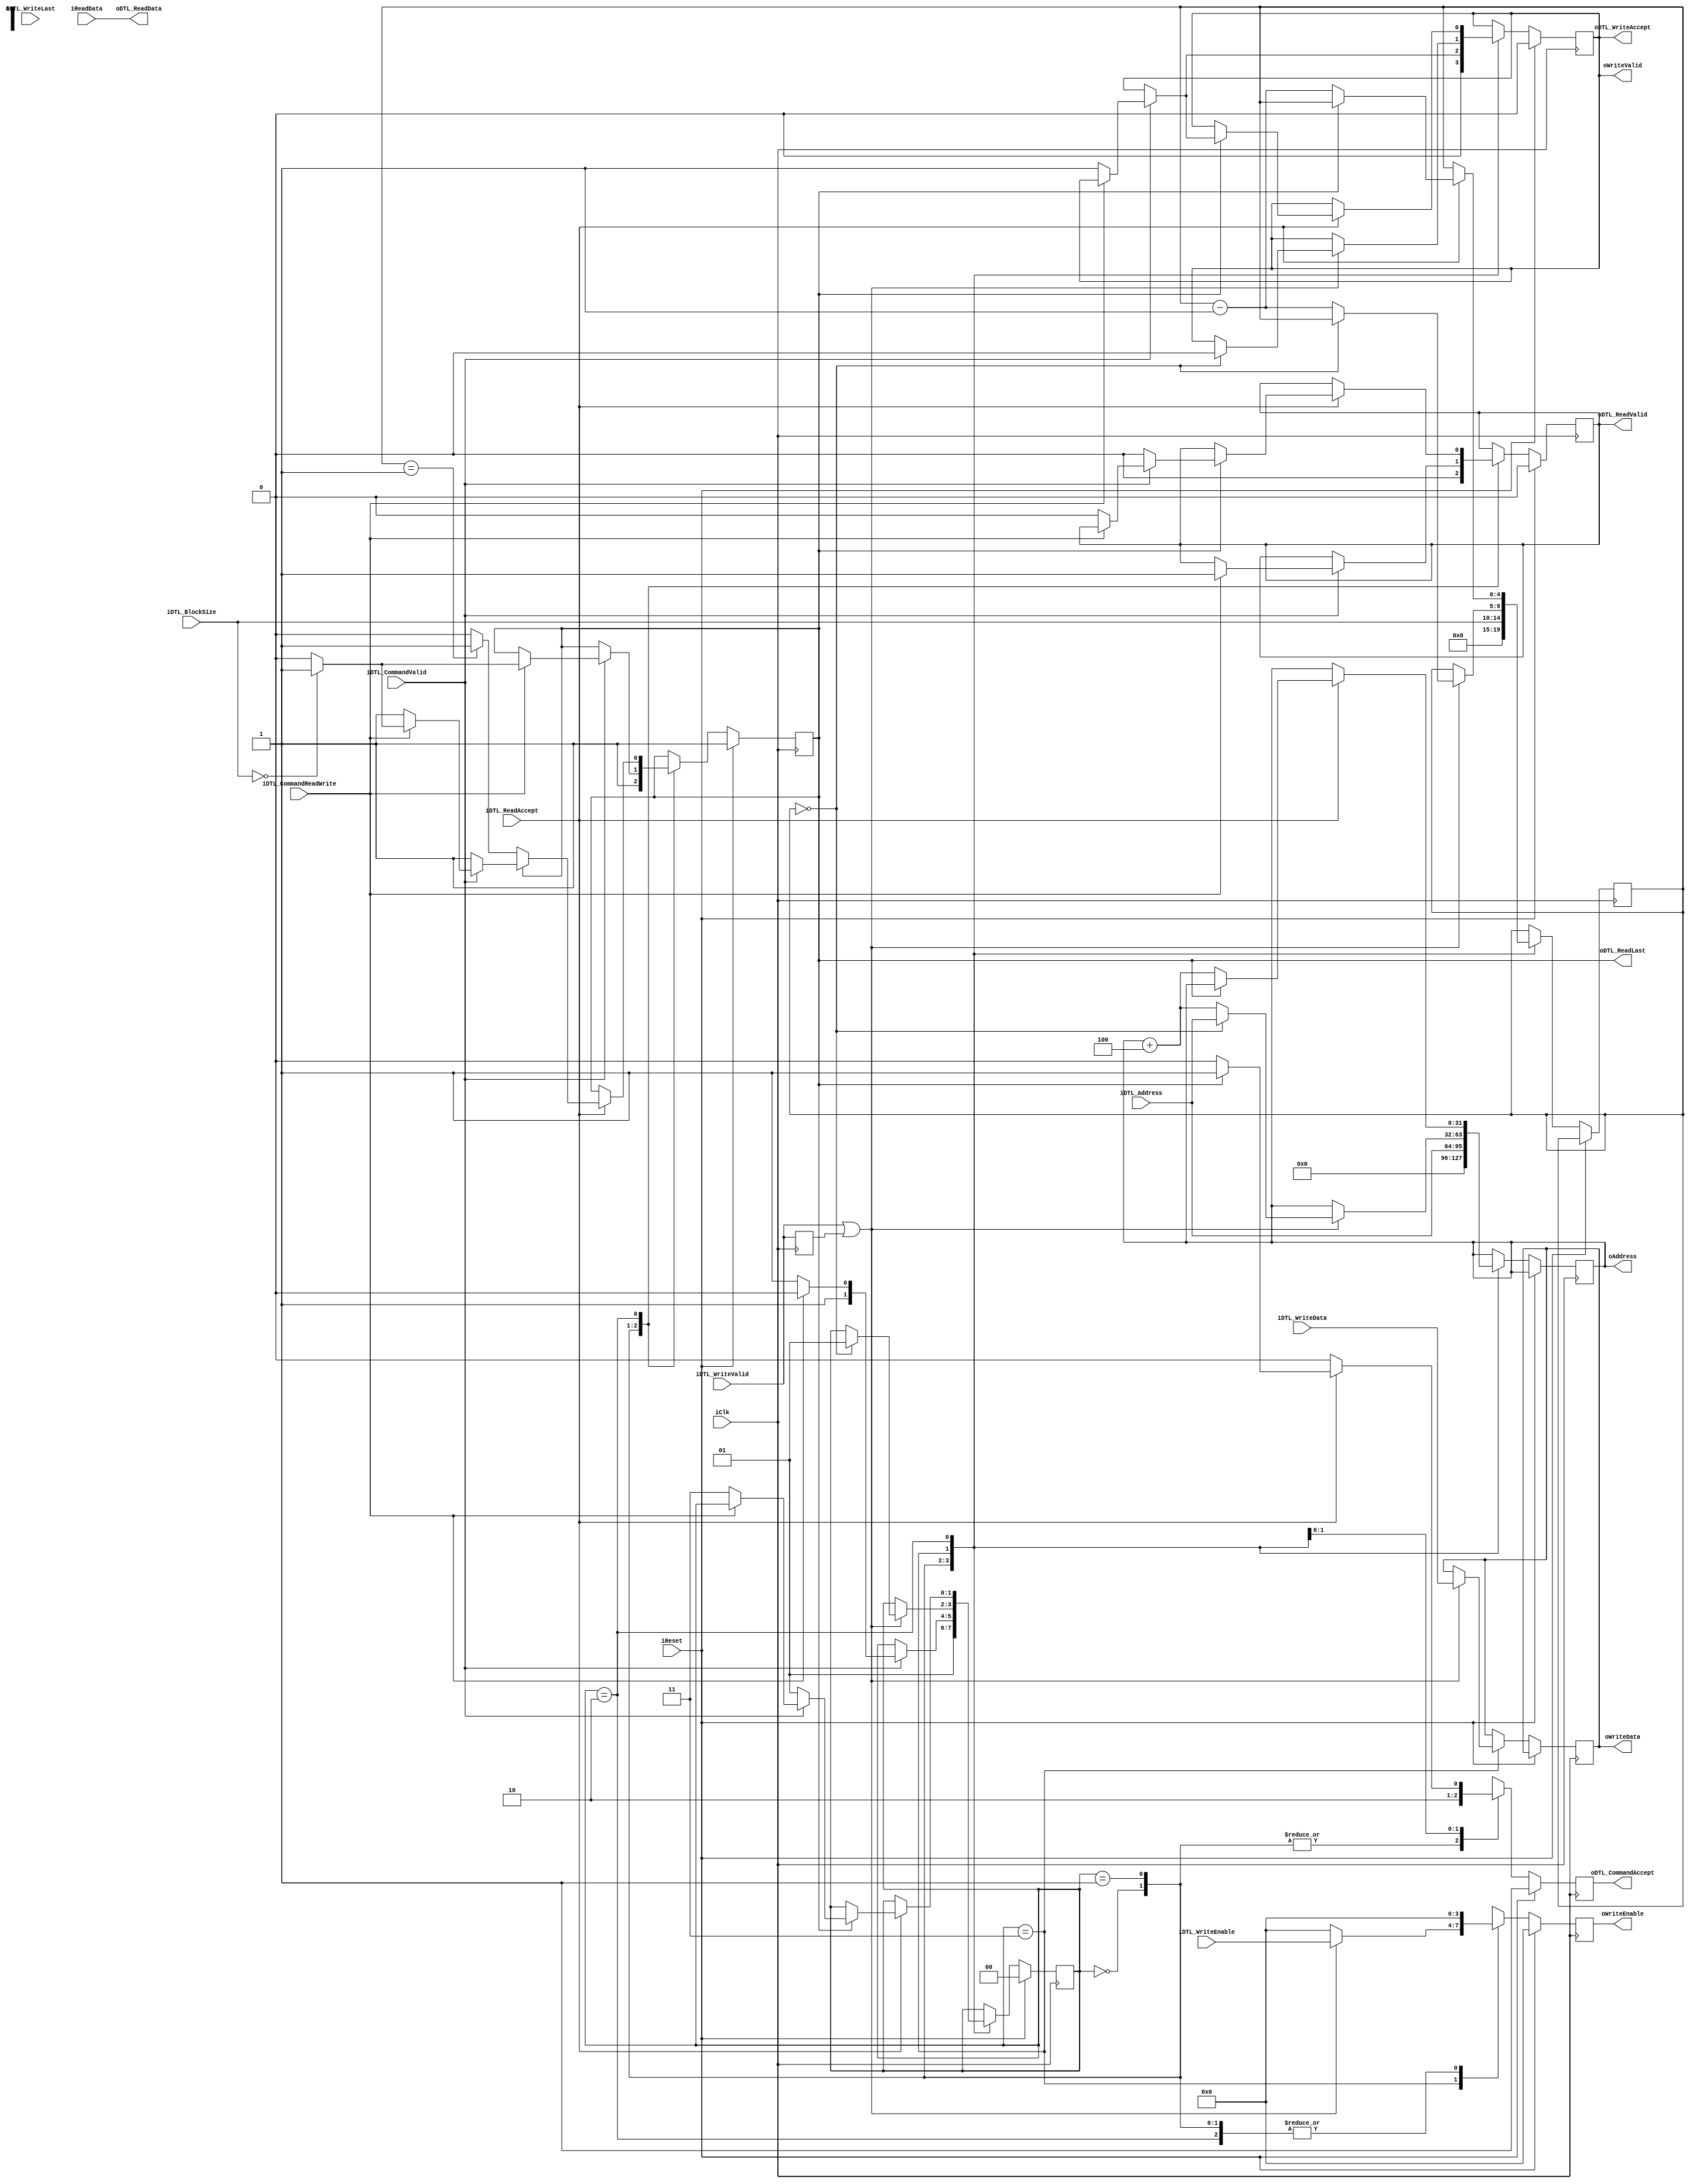
module DTL_SlaveInterface
#(			
	parameter INTERFACE_WIDTH = 32,
	parameter INTERFACE_ADDR_WIDTH = 32,		
	parameter INTERFACE_BLOCK_WIDTH = 5,
	parameter INTERFACE_NUM_ENABLES = INTERFACE_WIDTH/8
)
(
	input iClk,
	input iReset,
	
	input iDTL_CommandValid,
	output oDTL_CommandAccept,
	input [INTERFACE_ADDR_WIDTH-1:0] iDTL_Address,
	input iDTL_CommandReadWrite,
	input [INTERFACE_BLOCK_WIDTH-1:0] iDTL_BlockSize,

	output oDTL_ReadValid,
	output oDTL_ReadLast,	
	input iDTL_ReadAccept,
	output [INTERFACE_WIDTH-1:0] oDTL_ReadData,
	
	input iDTL_WriteValid,		
	input iDTL_WriteLast,
	output oDTL_WriteAccept,	
	input [INTERFACE_NUM_ENABLES-1:0] iDTL_WriteEnable,	
	input [INTERFACE_WIDTH-1:0] iDTL_WriteData,
	
	output oWriteValid,
	output [INTERFACE_WIDTH-1:0] oWriteData,
	output [INTERFACE_NUM_ENABLES-1:0] oWriteEnable,
	output [INTERFACE_ADDR_WIDTH-1:0] oAddress,
	
	input [INTERFACE_WIDTH-1:0] iReadData
		
);
	
	localparam FSM_WIDTH = 2;
	
	localparam FSM_STATE_RESET = 2'b00;
	localparam FSM_STATE_IDLE =  2'b01;
	localparam FSM_STATE_READ =  2'b10;
	localparam FSM_STATE_WRITE=  2'b11;
	
	reg [FSM_WIDTH-1:0] rState;
//	reg [FSM_WIDTH-1:0] rState_nxt;
	
	reg rDTL_rd_last;
	//reg rDTL_rd_last_nxt;
	
	reg rDTL_rd_valid;
	//reg rDTL_rd_valid_nxt;
	
	reg rDTL_wr_accept;
//	reg rDTL_wr_accept_nxt;
		
	reg rDTL_cmd_accept;
	reg rWriteWasValid;
	
	reg [INTERFACE_NUM_ENABLES-1:0] rDTL_WriteEnable;
	
	reg [INTERFACE_ADDR_WIDTH-1:0] rAddr;
	reg [INTERFACE_ADDR_WIDTH-1:0] rAddr_out;
//	reg [INTERFACE_ADDR_WIDTH-1:0] rAddr_nxt;
	
	reg [INTERFACE_BLOCK_WIDTH-1:0] rSize;
//	reg [INTERFACE_BLOCK_WIDTH-1:0] rSize_nxt;
	
	reg [INTERFACE_WIDTH-1:0] rWriteData;

	assign oWriteValid = /*oDTL_WriteAccept;*/ rDTL_wr_accept;
	assign oWriteData = /*iDTL_WriteData;*/ rWriteData;
	assign oWriteEnable = /*iDTL_WriteEnable;*/ rDTL_WriteEnable;
	assign oAddress = /*rAddr_nxt;*/ rAddr/*_out*/;
	
	assign oDTL_ReadData = iReadData;
		
	
/*
	always @(posedge iClk)
	begin        
            rDTL_rd_last <= rDTL_rd_last_nxt;
            rAddr <= rAddr_nxt;				
            rSize <= rSize_nxt;
				
				if (iDTL_WriteValid | (iDTL_CommandValid & iDTL_CommandReadWrite))
					begin
						rWriteData <= iDTL_WriteData;
						rAddr_out <= iDTL_Address;						
					end
				
				rWriteWasValid <= iDTL_WriteValid;
				
            if (iReset)
					begin
						 rState <= FSM_STATE_RESET;
						 rDTL_rd_valid  <= 0;
						 rDTL_wr_accept <= 0;						 
					 end
            else
					begin
						// rState <= rState_nxt;
						 rDTL_rd_valid  <= rDTL_rd_valid_nxt;
						 rDTL_wr_accept <= rDTL_wr_accept_nxt;
					end
        
	end*/
	/*
	always @(rState or iReset or rAddr or rSize or iDTL_Address or iDTL_BlockSize or iDTL_CommandValid or iDTL_CommandReadWrite or iDTL_WriteValid or iDTL_WriteEnable or iDTL_ReadAccept or rDTL_rd_last or rDTL_rd_valid or rDTL_wr_accept or rWriteWasValid)
	begin
		case (rState)
			FSM_STATE_RESET:
				begin
					if (!iReset)
						rState_nxt <= FSM_STATE_IDLE;
					else
						rState_nxt <= FSM_STATE_RESET;
						
					rAddr_nxt <= 0;
					rSize_nxt <= 0;
					rDTL_rd_valid_nxt <= 1'b0;
					rDTL_wr_accept_nxt <= 1'b0;
					rDTL_rd_last_nxt <= 1'b1;	
					rDTL_cmd_accept <= 1'b0;
					rDTL_WriteEnable <= 0;
				end
			
			FSM_STATE_IDLE:
				begin
					rDTL_WriteEnable <= 0;
					rDTL_cmd_accept <= 1'b1;
					rAddr_nxt <= iDTL_Address[INTERFACE_ADDR_WIDTH-1:0];
					rSize_nxt <= iDTL_BlockSize[INTERFACE_BLOCK_WIDTH-1:0];
					               
               if(iDTL_CommandValid)
                   if (iDTL_CommandReadWrite) //read action
							begin
								rState_nxt <= FSM_STATE_READ;
								rDTL_rd_valid_nxt <= 1'b1;
								rDTL_wr_accept_nxt <= rDTL_wr_accept;
								
								if (iDTL_BlockSize == 0)
									rDTL_rd_last_nxt <= 1'b1;
								else
									rDTL_rd_last_nxt <= 1'b0;								
							end
                   else                      // write action
							begin
                       rState_nxt <= FSM_STATE_WRITE;
							  rDTL_rd_last_nxt <= rDTL_rd_last;
                       rDTL_wr_accept_nxt <= 1'b1;
							  rDTL_rd_valid_nxt <= rDTL_rd_valid;
							end
					else
						begin
							rState_nxt <= rState;
							rDTL_rd_valid_nxt <= rDTL_rd_valid;
							rDTL_wr_accept_nxt <= rDTL_wr_accept;
							rDTL_rd_last_nxt <= rDTL_rd_last;
						end
				end
				
			FSM_STATE_WRITE:
				begin
					 rDTL_cmd_accept <= 1'b0;
					 rDTL_rd_valid_nxt <= rDTL_rd_valid;
					 rDTL_rd_last_nxt <= rDTL_rd_last;
					 
					 if (iDTL_WriteValid | rWriteWasValid) // handle the write
						begin
							 rDTL_WriteEnable <= iDTL_WriteEnable;
							 							 
							 if (rSize==0)
								begin
									rState_nxt <= FSM_STATE_IDLE;
									rDTL_wr_accept_nxt <= 1'b0;	
									rAddr_nxt <= iDTL_Address[INTERFACE_ADDR_WIDTH-1:0];		
									rSize_nxt <= rSize;
								end
							 else
								begin
									rState_nxt <= rState;
									rDTL_wr_accept_nxt <= rDTL_wr_accept;
									rSize_nxt <= rSize-1'd1;
									rAddr_nxt <= rAddr+4; //apparently assuming a byte addressed memory
								end								
						end
					else
						begin
							rDTL_WriteEnable <= 0;
							rDTL_wr_accept_nxt <= rDTL_wr_accept;
							rState_nxt <= rState;
							rSize_nxt <= rSize;
							rAddr_nxt <= rAddr;
						end
				end
				
			FSM_STATE_READ:
				begin
					rDTL_WriteEnable <= 0;	

					if (iDTL_ReadAccept)		//handle the read
						if (rDTL_rd_last)				
							begin								
								rDTL_cmd_accept <= 1'b1;
								rAddr <= rAddr[INTERFACE_WIDTH-1:0];								
								rSize_nxt <= rSize[INTERFACE_BLOCK_WIDTH-1:0];
								
								if (iDTL_CommandValid) // There is a next action
									 if (iDTL_CommandReadWrite) // read action	
										begin
											rDTL_rd_valid_nxt <= rDTL_rd_valid;
											rDTL_wr_accept_nxt <= rDTL_wr_accept;
											
											// Remain in the read state, so rd_valid remains high.
											if (iDTL_BlockSize==0)
												begin
													rState_nxt <= rState;
													rDTL_rd_last_nxt <= 1'b1;
												end
											else
												begin
													rState_nxt <= rState;
													rDTL_rd_last_nxt <= 1'b0;										  
												end
										end
									 else            // write action
										begin
										  rState_nxt <= FSM_STATE_WRITE;
										  rDTL_rd_valid_nxt <= 1'b0;
										  rDTL_wr_accept_nxt <= 1'b1;
										  rDTL_rd_last_nxt <= rDTL_rd_last;
										end									 
								else
									 begin
									 	  rState_nxt <= FSM_STATE_IDLE;										  
										  rDTL_rd_valid_nxt <= 1'b0;
										  rDTL_wr_accept_nxt <= rDTL_wr_accept;
										  rDTL_rd_last_nxt <= rDTL_rd_last;
									 end
						  end
						else
							begin
								rState_nxt <= rState;
								rDTL_rd_valid_nxt <= rDTL_rd_valid;
								rDTL_wr_accept_nxt <= rDTL_wr_accept;
								
								rDTL_cmd_accept <= 1'b0;
								// Go to next word
								if (rSize == 1)
									 rDTL_rd_last_nxt <= 1'b1;
								else
									 rDTL_rd_last_nxt <= 1'b0;
								
								rSize_nxt <= rSize-1'd1;
								rAddr_nxt <= rAddr+4; //apparently assuming a byte addressed memory								
							end	
					else
						begin						
							rState_nxt <= rState;
							rAddr_nxt <= rAddr;
							rSize_nxt <= rSize;
							rDTL_rd_valid_nxt <= rDTL_rd_valid;
							rDTL_wr_accept_nxt <= rDTL_wr_accept;
							rDTL_rd_last_nxt <= rDTL_rd_last;
							rDTL_cmd_accept <= 1'b0;	
						end
			end
		endcase
	end*/
			
	always @(posedge iClk)
	begin
		rWriteWasValid <= iDTL_WriteValid;
		
		if (iReset)
			begin
				rState <= FSM_STATE_RESET;
				rDTL_rd_valid <= 1'b0;
				rDTL_wr_accept <= 1'b0;
				rDTL_rd_last <= 1'b1;	
				rDTL_cmd_accept <= 1'b1;
				rDTL_WriteEnable <= 0;
			end
		else
			case (rState)
				FSM_STATE_RESET:
					begin
						if (!iReset)
							rState <= FSM_STATE_IDLE;
						else
							rState <= FSM_STATE_RESET;
				
						rAddr <= 0;
						rSize <= 0;
						rDTL_rd_valid <= 1'b0;
						rDTL_wr_accept <= 1'b0;
						rDTL_rd_last <= 1'b1;	
						rDTL_cmd_accept <= 1'b1;
						rDTL_WriteEnable <= 0;
					end
				FSM_STATE_IDLE:
					begin
						rDTL_WriteEnable <= 0;
						rDTL_cmd_accept <= 1'b1;
						rAddr <= iDTL_Address[INTERFACE_ADDR_WIDTH-1:0];
						rSize <= iDTL_BlockSize[INTERFACE_BLOCK_WIDTH-1:0];
										       
					       if(iDTL_CommandValid)
						   if (iDTL_CommandReadWrite) //read action
							begin
								rState <= FSM_STATE_READ;
								rDTL_rd_valid <= 1'b1;		
								if (iDTL_BlockSize == 0)
									rDTL_rd_last <= 1'b1;
								else
									rDTL_rd_last <= 1'b0;								
							end
						   else                      // write action
							begin
						        	rState <= FSM_STATE_WRITE;
						        	rDTL_wr_accept <= 1'b1;
							end
					end		
				FSM_STATE_WRITE:
					begin
						 rDTL_cmd_accept <= 1'b0;
						 
						 if (iDTL_WriteValid | rWriteWasValid) // handle the write
							begin
								rWriteData <= iDTL_WriteData;
								rDTL_WriteEnable <= iDTL_WriteEnable;
								 							 
								 if (rSize==0)
									begin
										rState <= FSM_STATE_IDLE;
										rDTL_wr_accept <= 1'b0;	
										rAddr <= iDTL_Address[INTERFACE_ADDR_WIDTH-1:0];		
									end
								 else
									begin
										rSize <= rSize-1'd1;
										rAddr <= rAddr+4; //apparently assuming a byte addressed memory
									end								
							end
						else
							begin
								rDTL_WriteEnable <= 0;
							end
					end		
				FSM_STATE_READ:
					begin
						rDTL_WriteEnable <= 0;	

						if (iDTL_ReadAccept)		//handle the read
							if (rDTL_rd_last)				
								begin								
									rDTL_cmd_accept <= 1'b1;
									rAddr <= rAddr[INTERFACE_WIDTH-1:0];								
									rSize <= rSize[INTERFACE_BLOCK_WIDTH-1:0];
								
									if (iDTL_CommandValid) // There is a next action
										 if (iDTL_CommandReadWrite) // read action	
											begin									
												// Remain in the read state, so rd_valid remains high.
												if (iDTL_BlockSize==0)
													rDTL_rd_last <= 1'b1;
												else
													rDTL_rd_last <= 1'b0;										  
											end
										 else            // write action
											begin
											  rState <= FSM_STATE_WRITE;
											  rDTL_rd_valid <= 1'b0;
											  rDTL_wr_accept <= 1'b1;
											end									 
									else
										 begin
										 	  rState <= FSM_STATE_IDLE;										  
											  rDTL_rd_valid <= 1'b0;
										 end
							  	end
							else
								begin							
									rDTL_cmd_accept <= 1'b0;
									// Go to next word
									if (rSize == 1)
										 rDTL_rd_last <= 1'b1;
									else
										 rDTL_rd_last <= 1'b0;
								
									rSize <= rSize-1'd1;
									rAddr <= rAddr+4; //apparently assuming a byte addressed memory								
								end	
						else
							begin						
								rDTL_cmd_accept <= 1'b0;	
							end
					end	
			endcase	
	end

	assign oDTL_CommandAccept = rDTL_cmd_accept;
	assign oDTL_ReadValid = rDTL_rd_valid;
	assign oDTL_ReadLast = rDTL_rd_last;	
	assign oDTL_WriteAccept = rDTL_wr_accept;	

endmodule